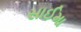
સાઈમા